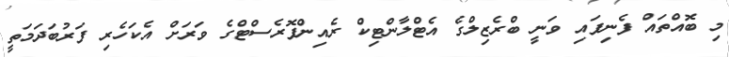
މި ބޮއްތައް ފެނިފައި ވަނީ ބްރެޒިލްގެ އެޓްލާންޓިކް ރެއިންފޮރެސްޓްގެ ވަރަށް އެކަހެރި ފަރުބަދަމަތީ